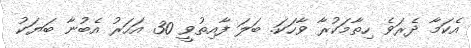
އެކަމާ ދެރަވެ ހިތާމަކުރާ ވާހަކަ. ބަލަ ފާއިތުވީ 30 އަހަރު އެބުނާ ބަޔަކު